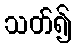
သတ်၍